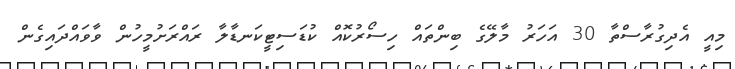
މިއީ އެދިގުރާސްތާ 30 އަހަރު މާލޭގެ ބިންތައް ހިސޯރުކޮއް ކުޑަސިޓީކަނޑާލާ ރައްރަށުމީހުން ވާވައްދައިގެން